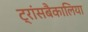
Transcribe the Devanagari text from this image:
ट्रांसबैकालिया